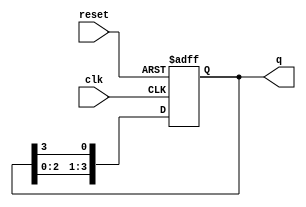
module ring_counter (
    input wire clk,         // Clock input
    input wire reset,       // Reset input
    output reg [N-1:0] q    // Output state (N-bit wide)
);
    parameter N = 4;        // Number of flip-flops (states)

    always @(posedge clk or posedge reset) begin
        if (reset) begin
            q <= 4'b1000;  // Initialize to '1000' for a 4-bit ring counter
        end else begin
            // Shift the bits in a ring fashion
            q <= {q[N-2:0], q[N-1]}; // Shift left and wrap around
        end
    end
endmodule